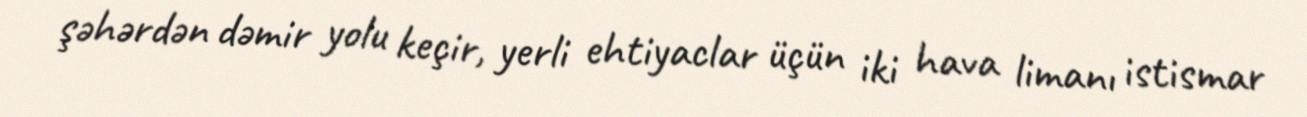
şəhərdən dəmir yolu keçir, yerli ehtiyaclar üçün iki hava limanı istismar